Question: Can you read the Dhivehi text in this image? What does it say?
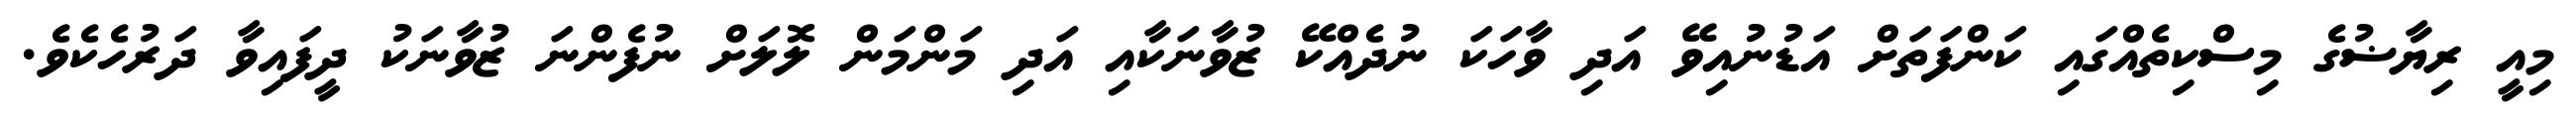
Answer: މިއީ ރިޔާޟުގެ މިސްކިތެއްގައި ކަންފަތަށް އަޑުނުއިވޭ އަދި ވާހަކަ ނުދެއްކޭ ޒުވާނަކާއި އަދި މަންމަން ލޮލަށް ނުފެންނަ ޒުވާނަކު ދީފައިވާ ދަރުހެކެވެ.